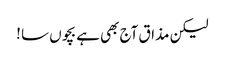
لیکن مذاق آج بھی ہے بچوں سا !